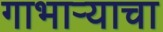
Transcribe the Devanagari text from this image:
गाभाऱ्याचा